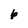
Character: 6